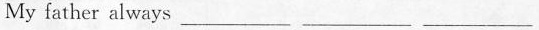
My father always ___ ___ ___